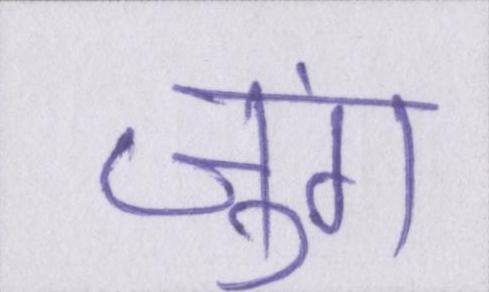
जुंग